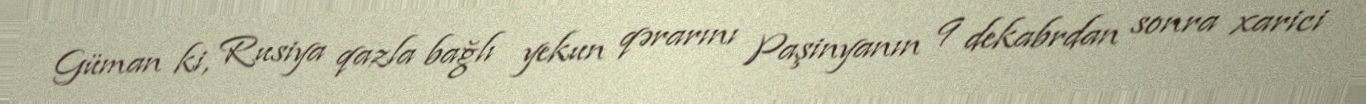
Güman ki, Rusiya qazla bağlı yekun qərarını Paşinyanın 9 dekabrdan sonra xarici